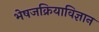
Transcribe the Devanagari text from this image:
भेषजक्रियाविज्ञान